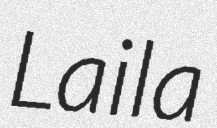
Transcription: Laila